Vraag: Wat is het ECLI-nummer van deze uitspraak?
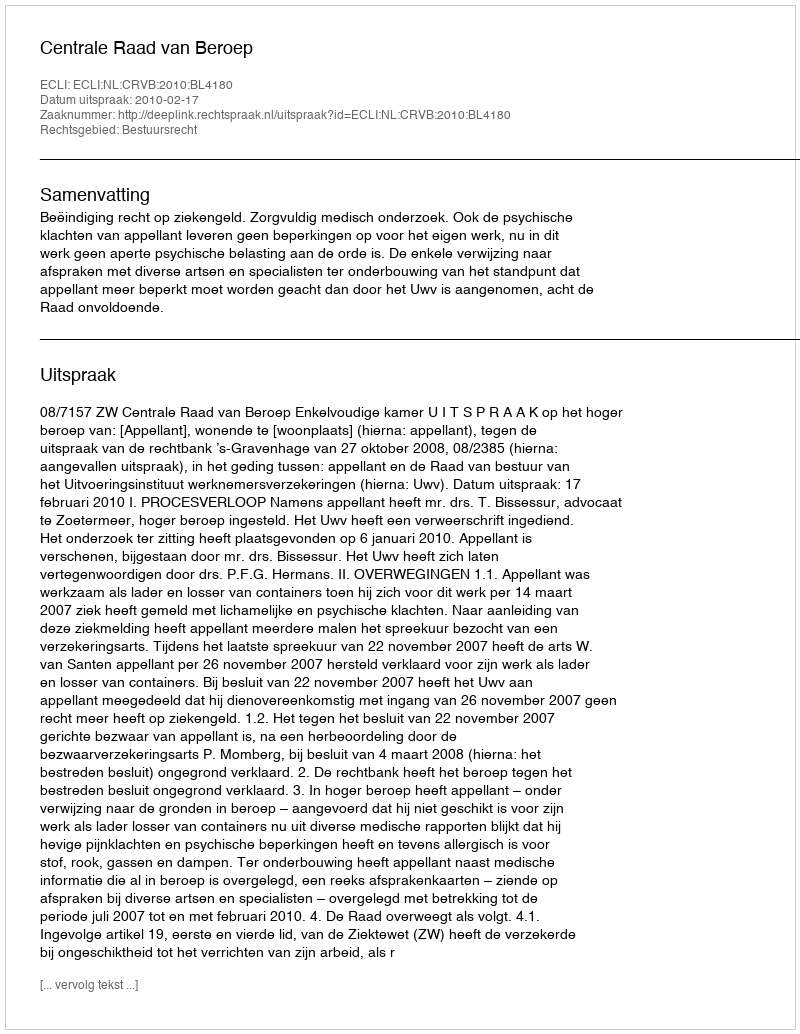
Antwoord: ECLI:NL:CRVB:2010:BL4180